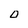
Character: O